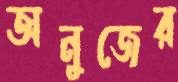
অনুজের